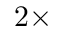
2 \times